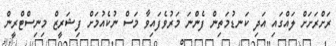
ރަށްރަށަށް ލައްގައި އަދި ކަނޑުމަތިން ފެންނަ މަރުވެފައިވާ މަސް ނުކެއުމަށް ފިޝަރީޒް މިނިސްޓްރީން